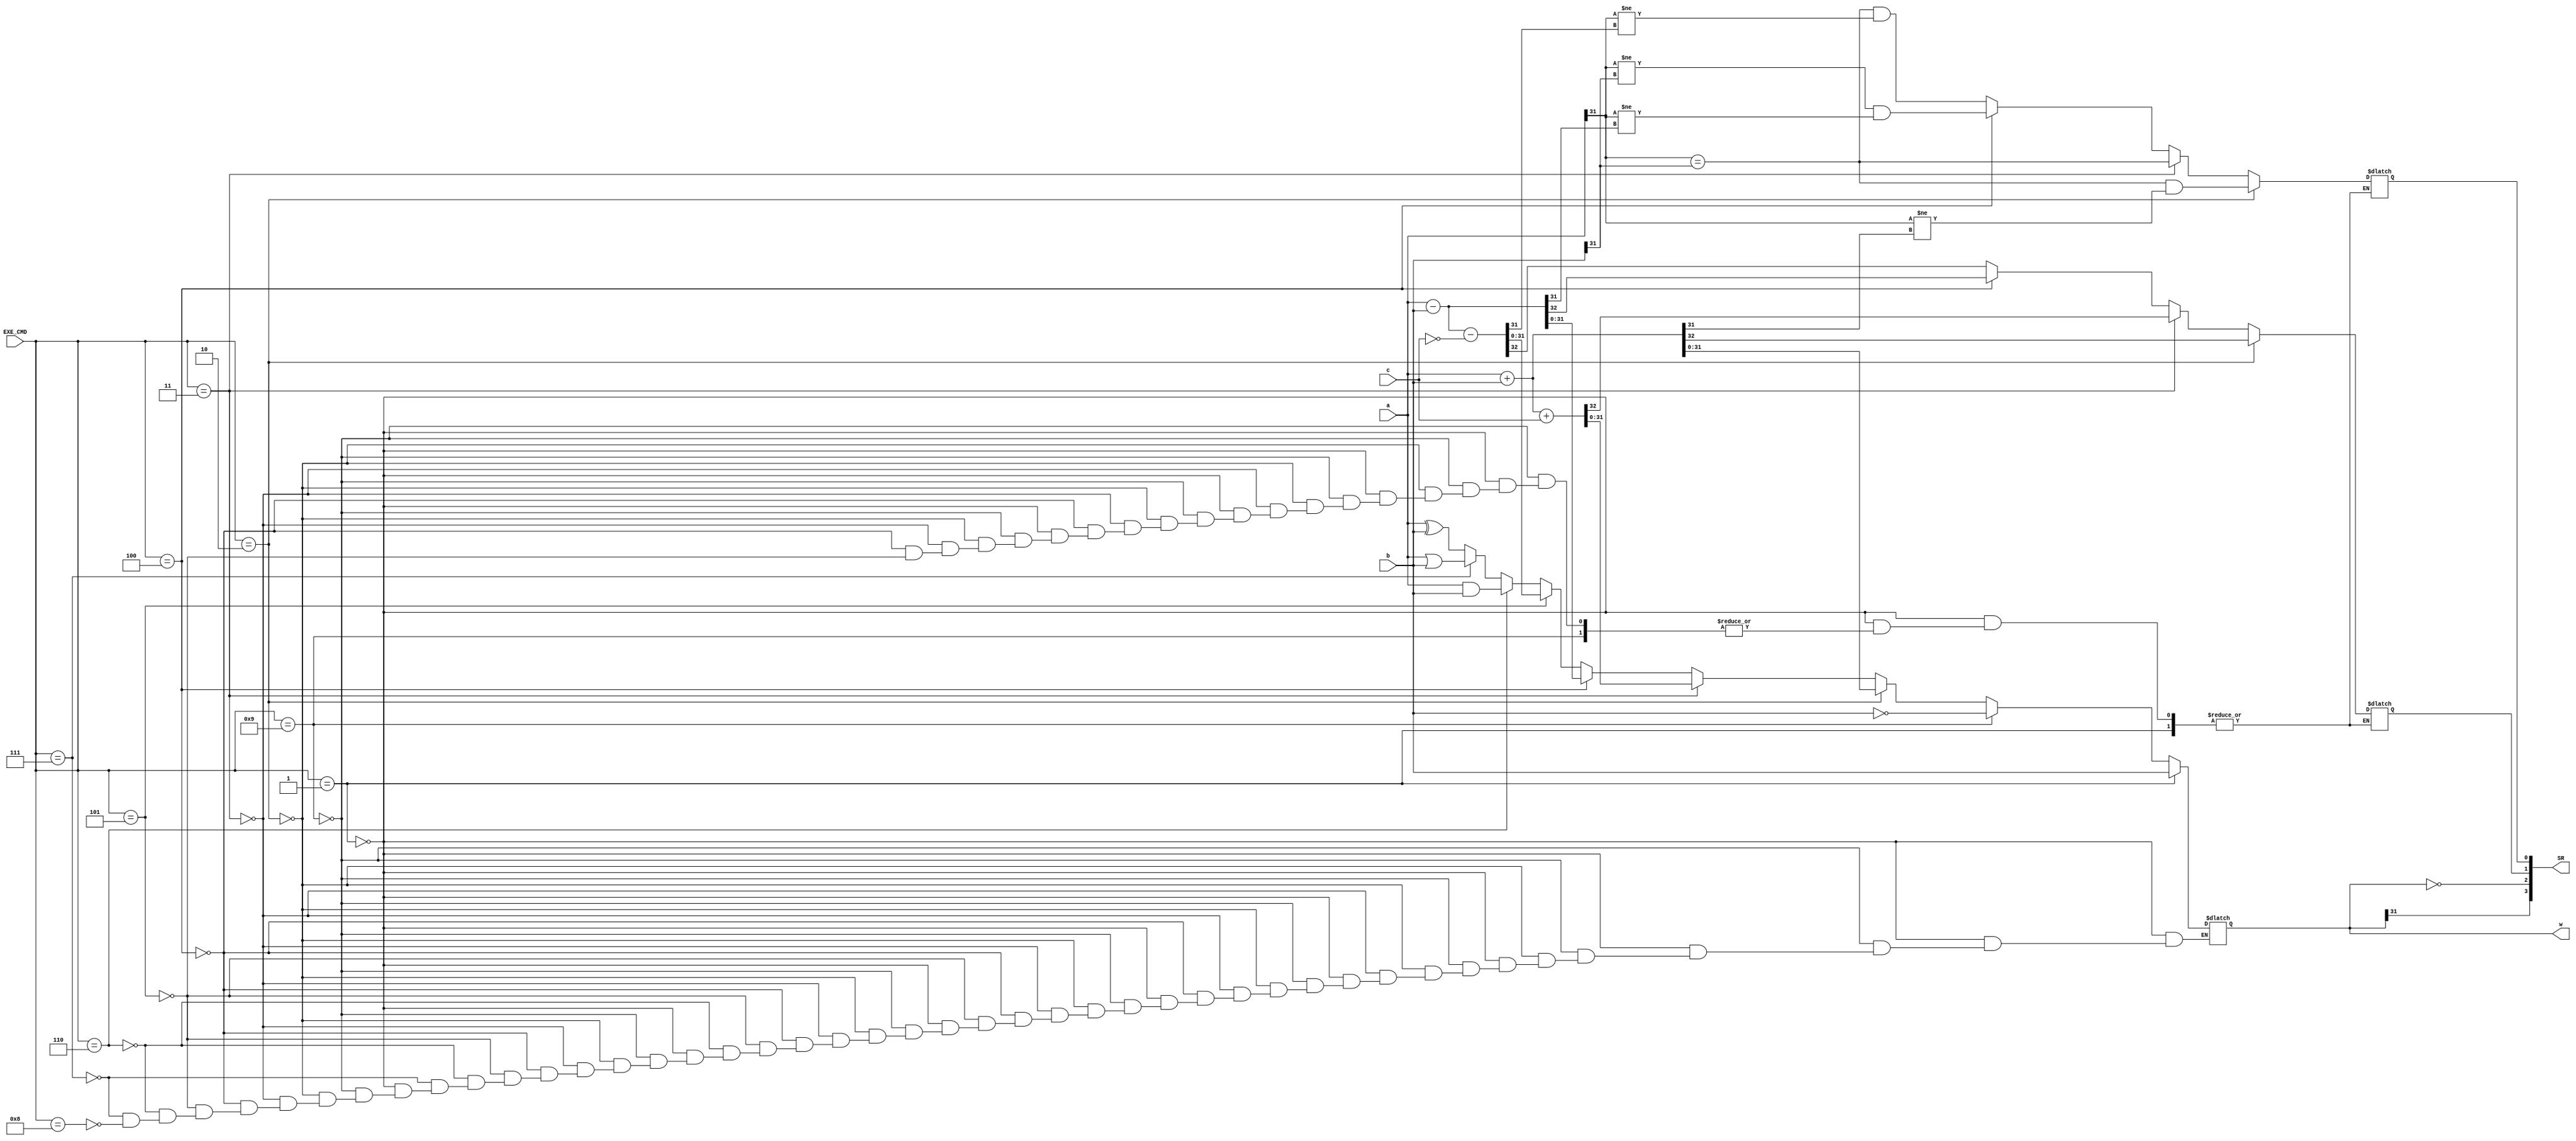
module ALU(input [31:0] a,b,input [3:0] EXE_CMD,input c, output reg [31:0] w, output [3:0] SR);
  
  reg C,V;
  wire N,Z;
  
  always@(*)begin
    if(EXE_CMD==3'b0001)      w=b;      //MOV
    else if(EXE_CMD==4'b1001) w=~b;     //MOVN
    else if(EXE_CMD==4'b0010) begin   	 //ADD,LDR,STR
      {C,w}=a+b; 
      V=(a[31]==b[31])&(a[31]!=w[31]);
    end
    else if(EXE_CMD==4'b0011) begin     //ADC
      {C,w}=a+b+{31'b0,c};
      V=(a[31]==b[31]);
    end
    else if(EXE_CMD==4'b0100) begin     //SUB,CMP
      {C,w}=a-b;
      V=(a[31]!=b[31])&(a[31]!=w[31]);
    end
    else if(EXE_CMD==4'b0101) begin     //SBC
      {C,w}=a-b-{31'b0,~c};
      V=(a[31]==b[31])&(a[31]!=w[31]);
    end
    else if(EXE_CMD==4'b0110) w=a&b;    //AND,TST
    else if(EXE_CMD==4'b0111) w=a|b;    //ORR
    else if(EXE_CMD==4'b1000) w=a^b;    //EOR
  end
  
  assign N=w[31];  //N
  assign Z=(w==32'b0); //Z
  assign SR={N,Z,C,V};
  //assign SR[1]=(EXE_CMD==3'b0010 || EXE_CMD==3'b0011 || EXE_CMD==3'b0100 || EXE_CMD==3'b0101); //C
  //assign SR[0]=(EXE_CMD==3'b0010 || EXE_CMD==3'b0011 || EXE_CMD==3'b0100 || EXE_CMD==3'b0101); //V
  
endmodule